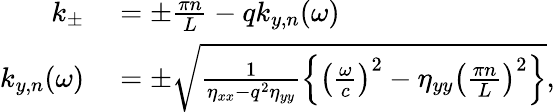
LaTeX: \begin{array}{rl}{k_{\pm}}&{{}=\pm\frac{\pi n}{L}-qk_{y,n}(\omega)}\\ {k_{y,n}(\omega)}&{{}=\pm\sqrt{\frac{1}{\eta_{xx}-q^{2}\eta_{yy}}\left\{ \left(\frac{\omega}{c}\right)^{2}-\eta_{yy}\left(\frac{\pi n}{L}\right)^{2}\right\} },}\end{array}